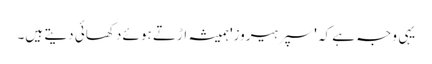
یہی وجہ ہے کہ 'سپر ہیروز' ہمیشہ اڑتے ہوئے دکھائی دیتے ہیں۔